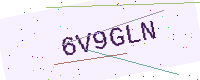
Text: 6V9GLN